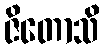
ဇိတောသိ